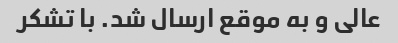
عالی و به موقع ارسال شد. با تشکر